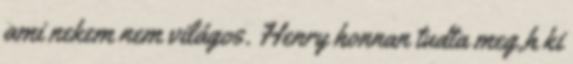
ami nekem nem világos. Henry honnan tudta meg,h ki